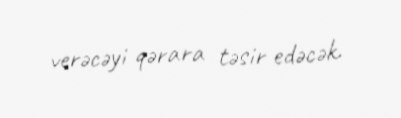
verəcəyi qərara təsir edəcək.